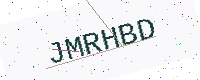
Text: JMRHBD